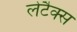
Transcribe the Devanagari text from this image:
लेटैक्स